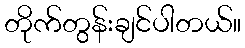
တိုက်တွန်းချင်ပါတယ်။